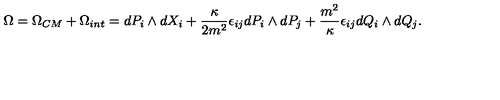
\Omega = \Omega _ { C M } + \Omega _ { i n t } = d P _ { i } \wedge d X _ { i } + \frac { \kappa } { 2 m ^ { 2 } } \epsilon _ { i j } d P _ { i } \wedge d P _ { j } + \frac { m ^ { 2 } } { \kappa } \epsilon _ { i j } d Q _ { i } \wedge d Q _ { j } .